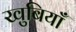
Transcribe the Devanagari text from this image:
खुबियाँ